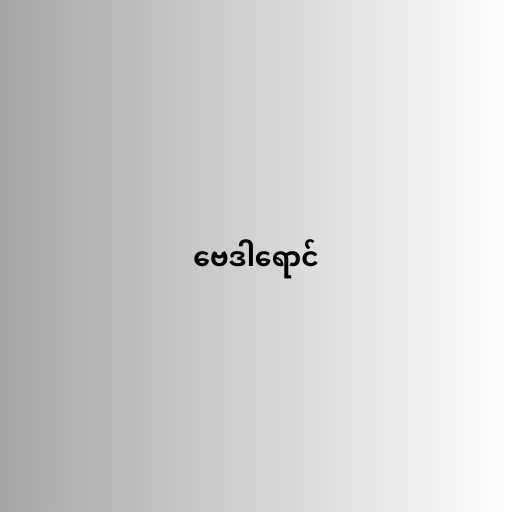
ဗေဒါရောင်